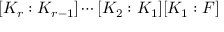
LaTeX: [ K _ { r } : K _ { r - 1 } ] \cdots [ K _ { 2 } : K _ { 1 } ] [ K _ { 1 } : F ]